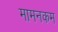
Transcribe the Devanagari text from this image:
मामनकम